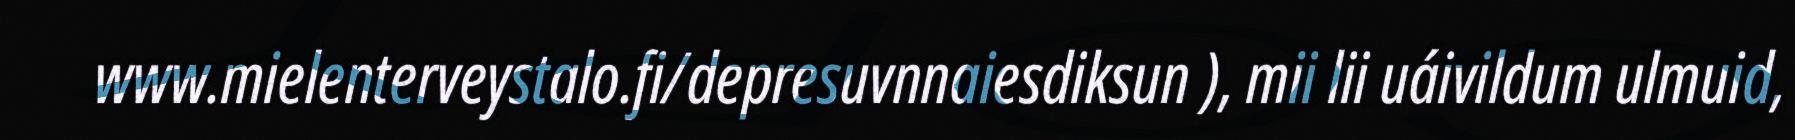
www.mielenterveystalo.fi/depresuvnnaiesdiksun ), mii lii uáivildum ulmuid,